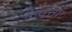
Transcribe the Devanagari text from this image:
मन्यत्ता